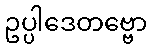
ဥပ္ပါဒေတဗ္ဗော